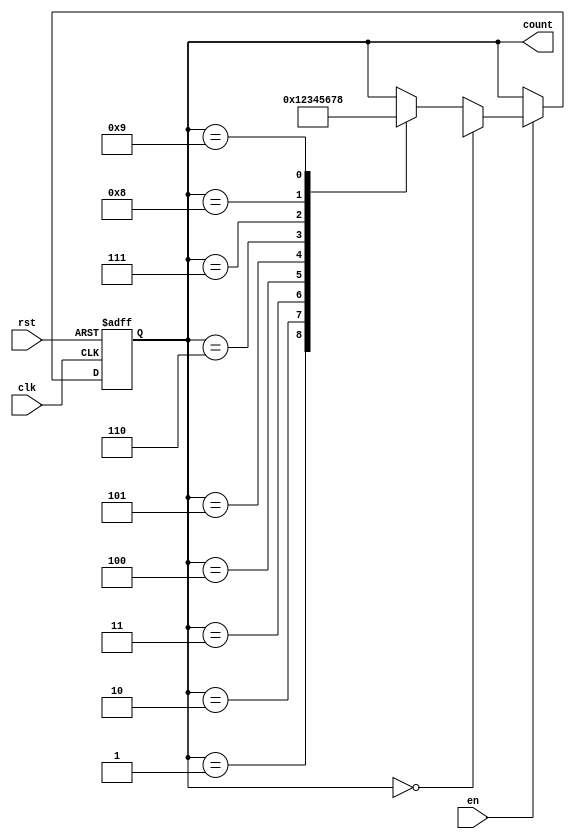
module BCD_Down_Counter(
    input wire clk,
    input wire rst,
    input wire en,
    output reg [3:0] count
);

reg [3:0] preset;
reg [3:0] next_count;

always @ (posedge clk or posedge rst) begin
    if (rst) begin
        count <= 4'b0000;
    end else begin
        if(en) begin
            if(count == 4'b0000) begin
                count <= preset;
            end else begin
                count <= next_count;
            end
        end
    end
end

always @ (*) begin
    case(count)
        4'b0000: next_count = 4'b1001; // 9 in BCD
        4'b0001: next_count = 4'b0000; // 0 in BCD
        4'b0010: next_count = 4'b0001; // 1 in BCD
        4'b0011: next_count = 4'b0010; // 2 in BCD
        4'b0100: next_count = 4'b0011; // 3 in BCD
        4'b0101: next_count = 4'b0100; // 4 in BCD
        4'b0110: next_count = 4'b0101; // 5 in BCD
        4'b0111: next_count = 4'b0110; // 6 in BCD
        4'b1000: next_count = 4'b0111; // 7 in BCD
        4'b1001: next_count = 4'b1000; // 8 in BCD
        default: next_count = count;
    endcase
end

endmodule